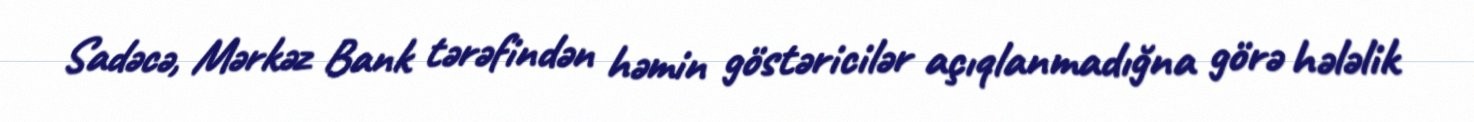
Sadəcə, Mərkəz Bank tərəfindən həmin göstəricilər açıqlanmadığna görə hələlik